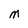
Character: M